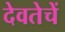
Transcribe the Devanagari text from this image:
देवतेचें